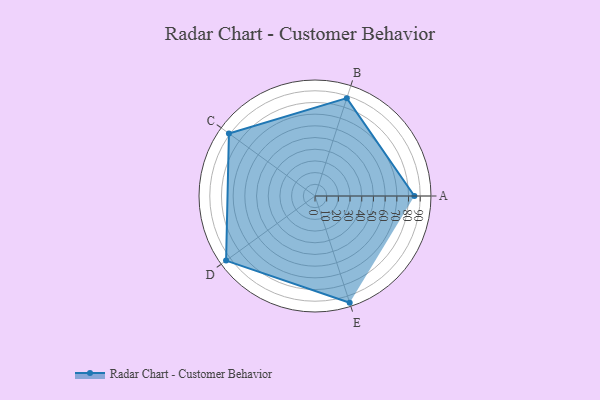
{"axis": {"x": "Skill", "y": "Score"}, "legend": ["Profile"], "data": [{"x": "A", "y": 85.0, "type": "Profile"}, {"x": "B", "y": 88.0, "type": "Profile"}, {"x": "C", "y": 91.0, "type": "Profile"}, {"x": "D", "y": 94.0, "type": "Profile"}, {"x": "E", "y": 96.0, "type": "Profile"}]}